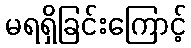
မရရှိခြင်းကြောင့်